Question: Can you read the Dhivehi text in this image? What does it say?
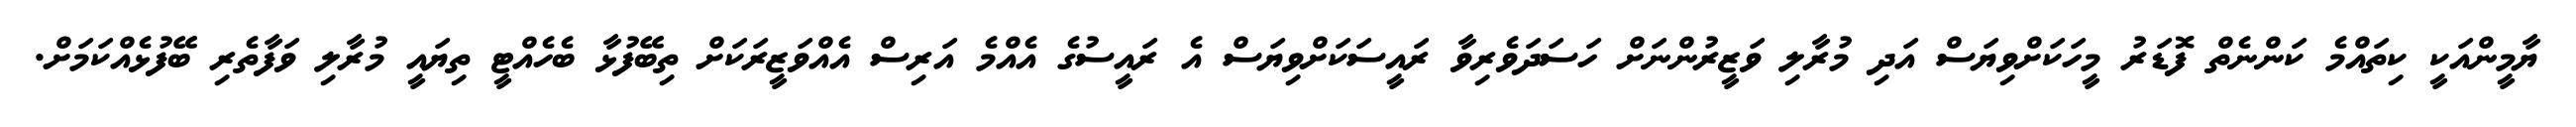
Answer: ޔާމީންއަކީ ކިތައްމެ ކަންނެތް ފޮޑަރު މީހަކަށްވިޔަސް އަދި މުރާލި ވަޒީރުންނަށް ހަސަދަވެރިވާ ރައީސަކަށްވިޔަސް އެ ރައީސުގެ އެއްމެ އަރިސް އެއްވަޒީރަކަށް ތިބޭފުޅާ ބެހެއްޓީ ތިޔައީ މުރާލި ވަފާތެރި ބޭފުޅެއްކަމަށް.